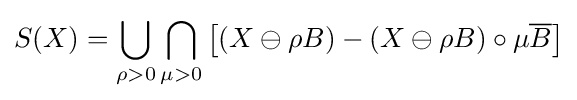
S(X)=\bigcup _{\rho >0}\bigcap _{\mu >0}\left[(X\ominus \rho B)-(X\ominus \rho B)\circ \mu {\overline {B}}\right]